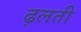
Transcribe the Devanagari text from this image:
ढ़लती